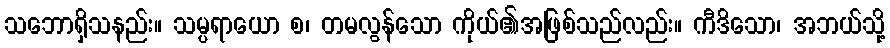
သဘောရှိသနည်း။ သမ္ပရာယော စ၊ တမလွန်သော ကိုယ်၏အဖြစ်သည်လည်း။ ကီဒိသော၊ အဘယ်သို့